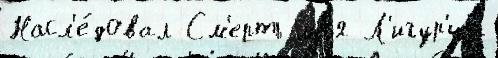
Насл'е́довал См'ерть ма́я Л'игур'иjи